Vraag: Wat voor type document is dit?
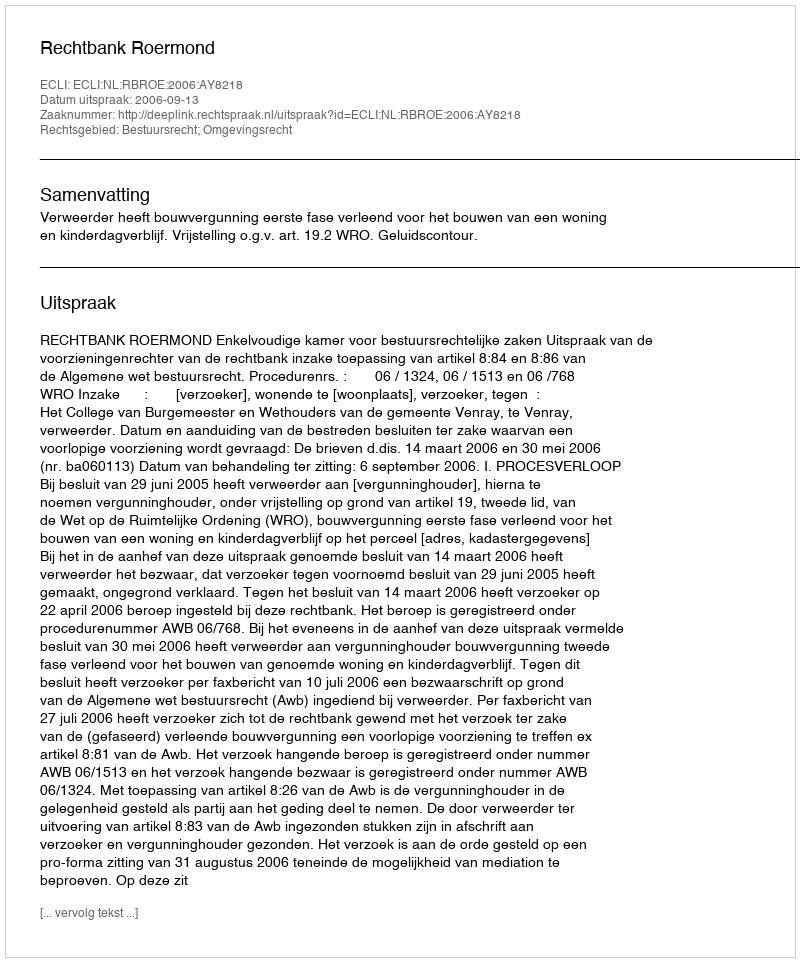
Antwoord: Uitspraak